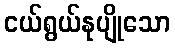
ငယ်ရွယ်နုပျိုသော